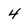
Character: 4